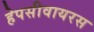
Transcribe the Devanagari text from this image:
हेपसीवायरस